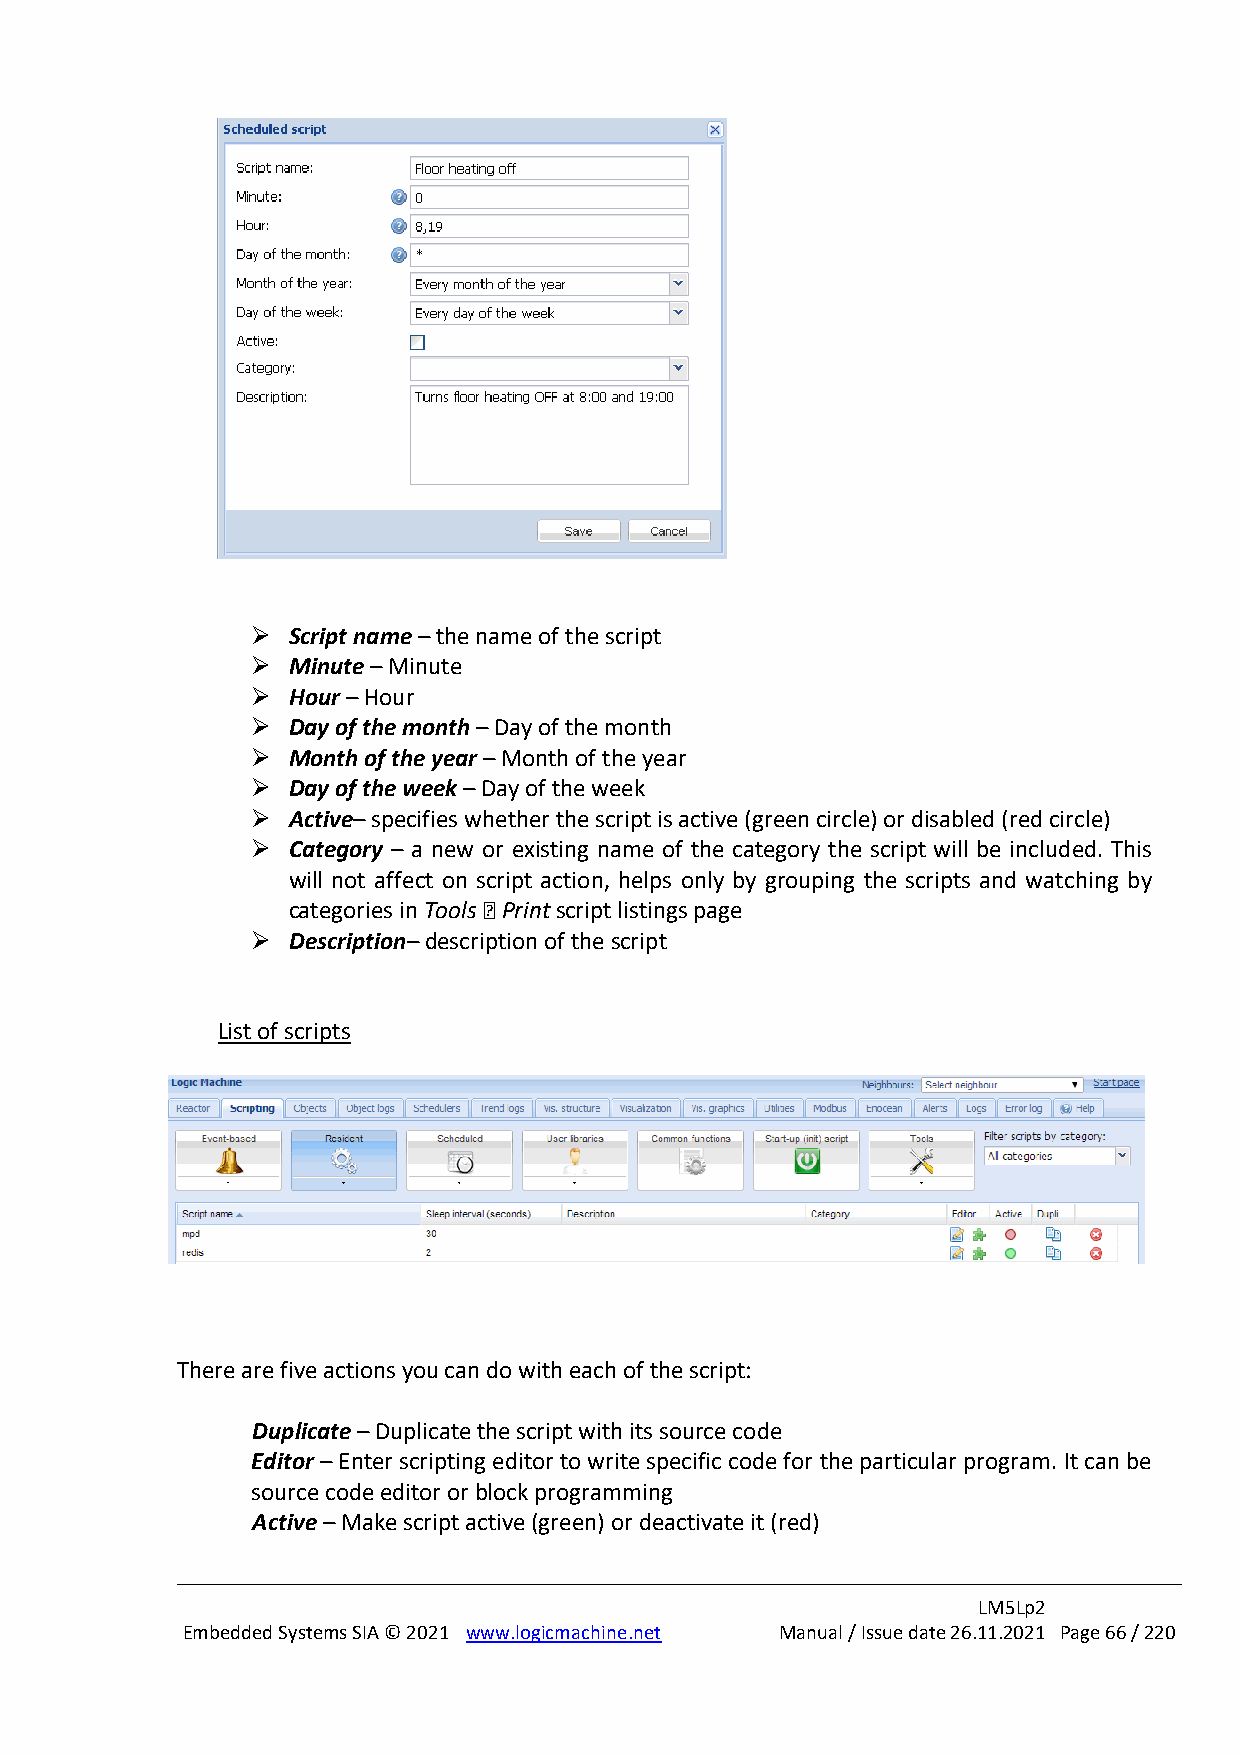
➢ Script name – the name of the script
 ➢ Minute – Minute
 ➢ Hour – Hour
 ➢ Day of the month – Day of the month
 ➢ Month of the year – Month of the year
 ➢ Day of the week – Day of the week
 ➢ Active– specifies whether the script is active (green circle) or disabled (red circle)
 ➢ Category – a new or existing name of the category the script will be included. This
 will not affect on script action, helps only by grouping the scripts and watching by
 categories in Tools Print script listings page
 ➢ Description– description of the script
 List of scripts
 There are five actions you can do with each of the script:
 Duplicate – Duplicate the script with its source code
 Editor – Enter scripting editor to write specific code for the particular program. It can be
 source code editor or block programming
 Active – Make script active (green) or deactivate it (red)
 LM5Lp2
 Embedded Systems SIA © 2021 www.logicmachine.net Manual / Issue date 26.11.2021 Page 66 / 220